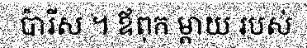
ប៉ារីស ។ ឪពុក ម្តាយ របស់